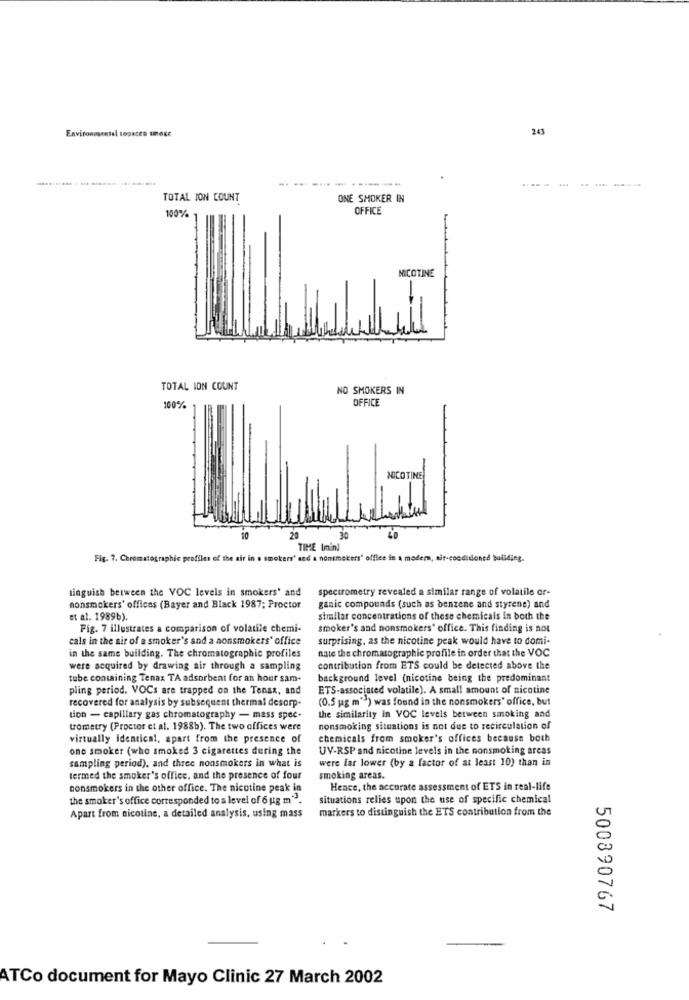
Environmental tookceo smoke
243
--------
-----
TOTAL JON COUNT
ONE SHOKER IN
OFFICE
100%
NICOTINE
TOTAL ION COUNT
NO SMOKERS IN
OFFICE
100%
NICOTINE
2
TIME Inin]
Fig. 7. Chromatographic profiles of the air in a smokers' and a nonsmokers' office in a modern, air-conditioned building.
tinguish between the VOC levels in smokers' and
spectrometry revealed a similar range of volatile or-
nonsmokers' offices (Bayer and Black 1987; Proctor
ganic compounds (such as benzene and styrene) and
et al. 1989b).
similar concentrations of these chemicals in both the
Fig. 7 illustrates a comparison of volatile chemi-
smoker's and nonsmokers' office. This finding is not
cals in the sir of a smoker's and a nonsmokers' office
surprising, as the nicotine peak would have to domi-
nate the chromatographic profile in order that the VOC
in the same building. The chromatographie profiles
were acquired by drawing air through a sampling
contribution from ETS could be detected above the
tube containing Tenax TA adsorbent for an hour sam-
background level (nicotine being the predominant
pling period. VOCs are trapped on the Tenax, and
ETS-associated volatile). A small amount of nicotine
recovered for analysis by subsequent thermal desorp.
(0.5 ug m">) was found in the nonsmokers" office, but
tion - capillary gas chromatography - mass spec-
the similarity in VOC levels between smoking and
trometry (Proctor et al. 1988b). The two offices were
nonsmoking situations is not due to recirculation of
virtually identical, apart from the presence of
chemicals from smoker's offices because both
one smoker (who smoked 3 cigarettes during the
UV-RSP and nicotine levels in the nonsmoking areas
were lar lower (by a factor of at least 10) than in
sampling period), and three nonsmokers in what is
termed the smoker's office, and the presence of four
smoking areas.
nonsmokers in the other office. The nicotine peak in
Hence, the accurate assessment of ETS in real-life
the smoker's office corresponded to a level of 6 ug m"".
situations relies upon the use of specific chemical
markers to distinguish the ETS contribution from the
Apart from nicotine, a detailed analysis, using mass
500890767
ATCo document for Mayo Clinic 27 March 2002